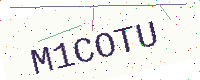
Text: M1COTU